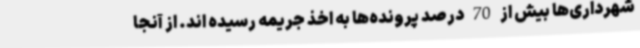
شهرداری‌ها بیش از 70 درصد پرونده‌ها به اخذ جریمه رسیده‌ ‌اند. از آنجا